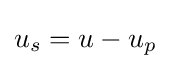
u_{s}=u-u_{p}